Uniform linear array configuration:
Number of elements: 64
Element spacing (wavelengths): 1
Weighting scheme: blackman
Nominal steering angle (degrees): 30
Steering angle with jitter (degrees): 31.241
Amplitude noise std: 0.05
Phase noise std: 0.05

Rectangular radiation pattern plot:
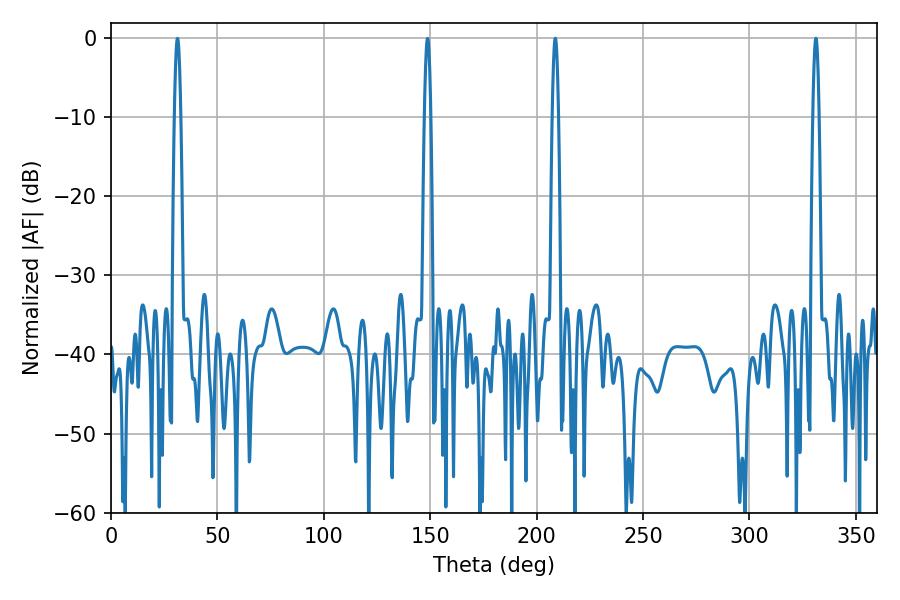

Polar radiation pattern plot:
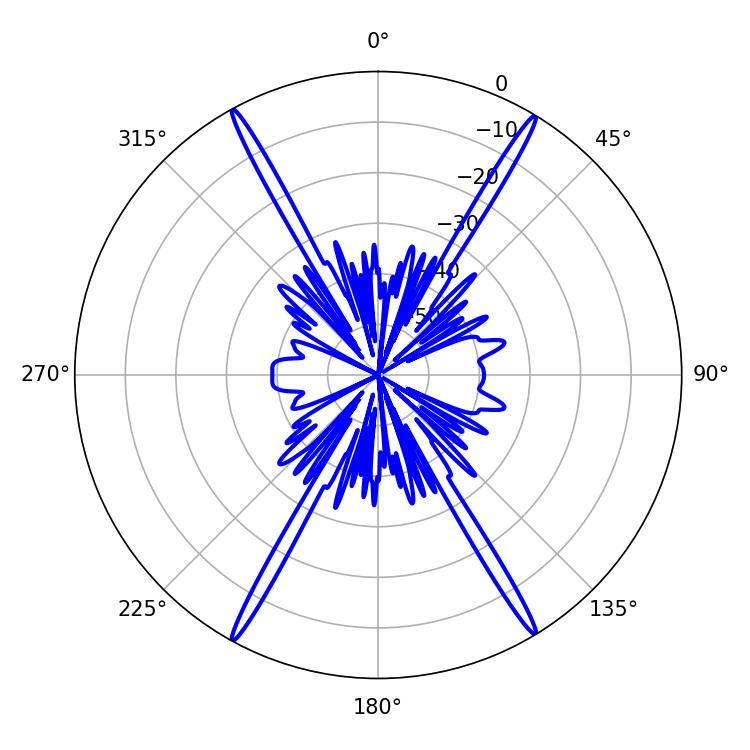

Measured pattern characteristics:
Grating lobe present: TRUE
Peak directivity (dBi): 27.895
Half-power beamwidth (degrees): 1.44
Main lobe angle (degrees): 331.2